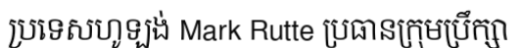
ប្រទេសហូឡង់ Mark Rutte ប្រធានក្រុមប្រឹក្សា